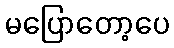
မပြောတော့ပေ